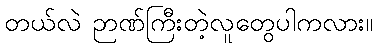
တယ်လဲ ဉာဏ်ကြီးတဲ့လူတွေပါကလား။